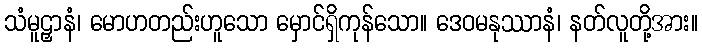
သံမူဠှာနံ၊ မောဟတည်းဟူသော မှောင်ရှိကုန်သော။ ဒေဝမနုဿာနံ၊ နတ်လူတို့အား။